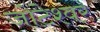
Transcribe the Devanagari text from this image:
जोटेश्‍वर